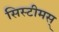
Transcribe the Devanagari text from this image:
सिस्टीमस्